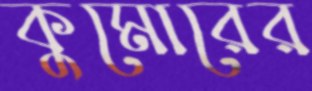
কুমোরের